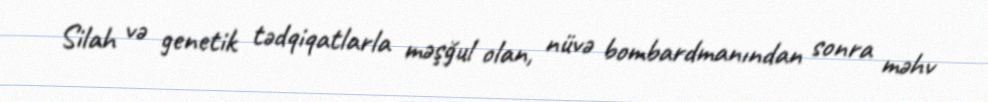
Silah və genetik tədqiqatlarla məşğul olan, nüvə bombardmanından sonra məhv